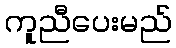
ကူညီပေးမည်